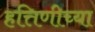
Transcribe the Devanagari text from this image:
हत्तिणीच्या